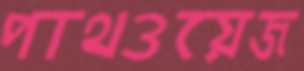
পাথওয়েজ